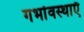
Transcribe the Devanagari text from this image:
गर्भावस्थाएँ